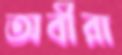
অবীরা